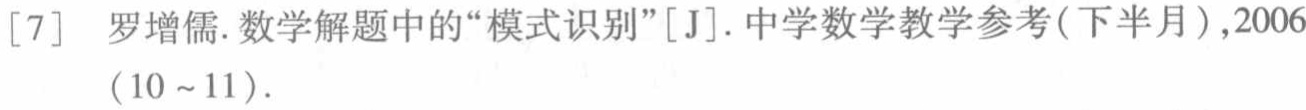
[7] 罗增儒. 数学解题中的“模式识别”[J]. 中学数学教学参考(下半月),2006(10~11).